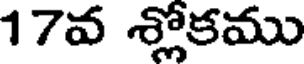
17వ శ్లోకము